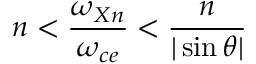
n < \frac { \omega _ { X n } } { \omega _ { c e } } < \frac { n } { | \sin \theta | }